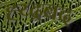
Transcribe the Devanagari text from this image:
ह्य्द्रबद